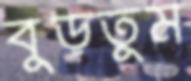
বুড়তুম